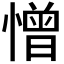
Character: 憎